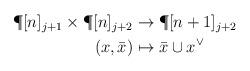
LaTeX: \begin{align*} \begin{aligned} \P [n]_{j+1} \times \P [n]_{j+2} & \rightarrow \P [n+1]_{j+2} \\ (x, \bar x) & \mapsto \bar x \cup x^\vee \end{aligned} \end{align*}